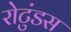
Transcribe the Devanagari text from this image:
रोटुंडस